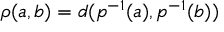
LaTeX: \rho ( a , b ) = d ( p ^ { - 1 } ( a ) , p ^ { - 1 } ( b ) )